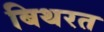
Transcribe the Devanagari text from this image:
बिथरत